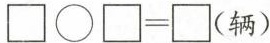
\square \bigcirc\square =\square（辆）